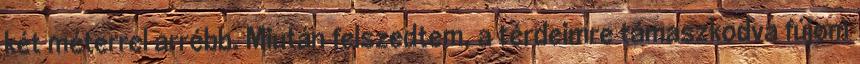
két méterrel arrébb. Miután felszedtem, a térdeimre támaszkodva fújom